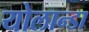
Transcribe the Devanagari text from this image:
योलान्डा